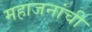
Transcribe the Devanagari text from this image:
महाजनांची